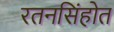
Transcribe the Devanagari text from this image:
रतनसिंहोत